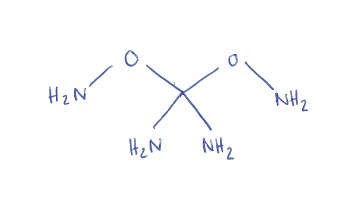
Simplified molecular-input line-entry system (SMILES) notation of the given molecule:
C(N)(N)(ON)ON